Leaving Certificate Examination, 1918
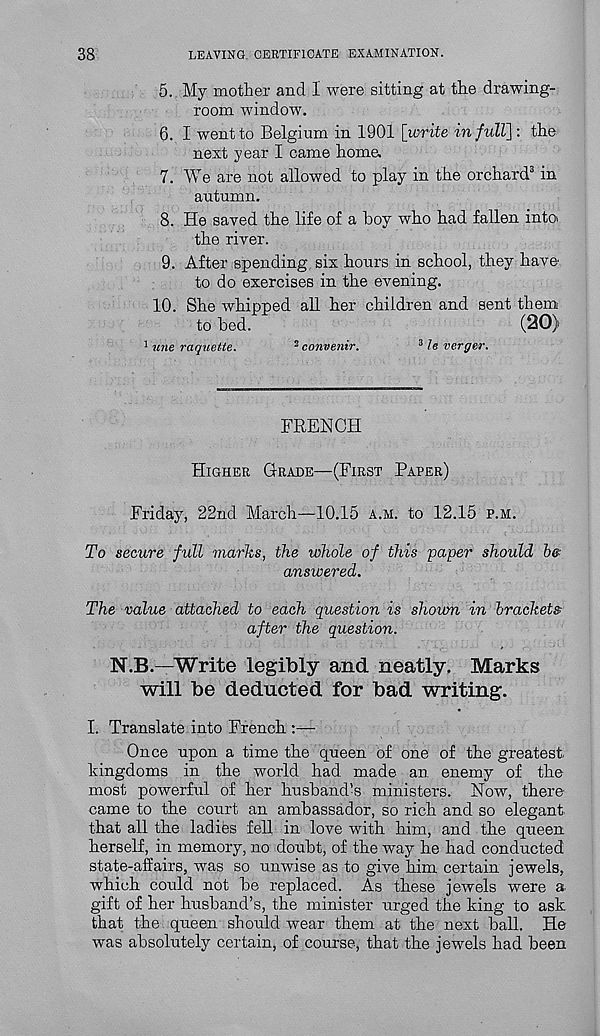
38
LEAVING CERTIFICATE EXAMINATION.
5. My mother and I were sitting at the drawing-
room window.
6. I went to Belgium in 1901 [write in full]: the
next year I came home.
7. We are not allowed to play in the orchard 3 in
autumn.
8. He saved the life of a boy who had fallen into
the river.
9. After spending six hours in school, they have
to do exercises in the evening.
10. She whipped all her children and sent them
to bed.
(20)
1 mie raquette.
2 convenir.
3 le verger.
FRENCH
Higher Grade—(First Paper)
Friday, 22nd March—10.15 a.m. to 12.15 p.m.
To secure full marks, the whole of this paper should he
answered.
The value attached to each question is shown in brackets-
after the question.
N.B.—Write legibly and neatly. Marks
will be deducted for bad writing.
I. Translate into French :—
Once upon a time the queen of one of the greatest,
kingdoms in the world had made an enemy of the
most powerful of her husband’s ministers. Now, there
came to the court an ambassador, so rich and so elegant
that all the ladies fell in love with him, and the queen
herself, in memory, no doubt, of the way he had conducted
state-affairs, was so unwise as to give him certain jewels,
which could not be replaced. As these jewels were a-
gift of her husband’s, the minister urged the king to ask
that the queen should wear them at the next ball. He
was absolutely certain, of course, that the jewels had been